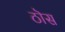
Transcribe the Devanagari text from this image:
ठॊस